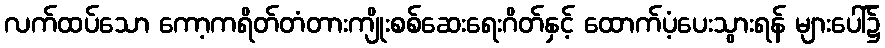
လက်ထပ်သော ကော့ကရိတ်တံတားကျိုးစစ်ဆေးရေးဂိတ်နှင့် ထောက်ပံ့ပေးသွားရန် များပေါ်၌